Report of an investigation into the causes of malaria in Bombay and the measures necessary for its control
Disease focus: Malaria
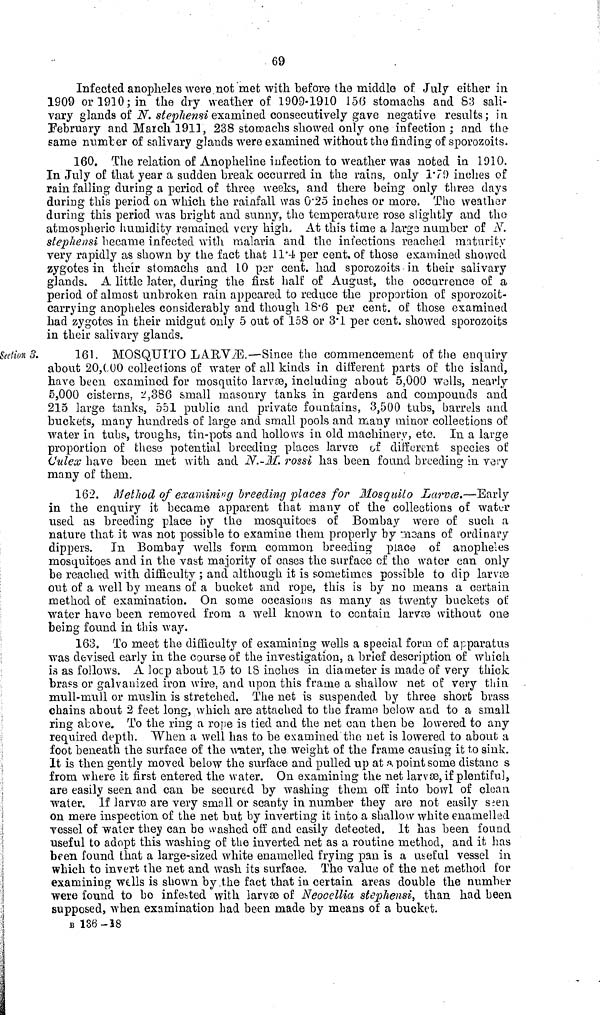
69
Infected anopheles were not met with before the middle of July either in
1909 or 1910; in the dry weather of 1909-1910 156 stomachs and 83 sali-
vary glands of N. stephensi examined consecutively gave negative results; in
February and Match 1911, 238 stomachs showed only one infection ; and the
same number of salivary glands were examined without the finding of sporozoits.
160. The relation of Anopheline infection to weather was noted in 1910.
In July of that year a sudden break occurred in the rains, only 179 inches of
rain falling during a period of three weeks, and there being only three days
during this period on which the rainfall was 0.25 inches or more. The weather
during this period was bright and sunny, the temperature rose slightly and the
atmospheric humidity remained very high. At this time a large number of N.
stephensi became infected with malaria and the infections reached maturity
very rapidly as shown by the fact that 11.4 per cent. of those examined showed
zygotes in their stomachs and 10 per cent. had sporozoits • in their salivary
glands. A little later, during the first half of August, the occurrence of a
period of almost unbroken rain appeared to reduce the proportion of sporozoit-
carrying anopheles considerably and though 18.6 per cent. of those examined
had zygotes in their midgut only 5 out of 158 or 3.1 per cent. showed sporozoits
in their salivary glands.
Section 3.
161. MOSQUITO LARVÆ.—Since the commencement of the enquiry
about 20,000 collections of water of all kinds in different parts of the island,
have been examined for mosquito larvæ, including about 5,000 Avails, nearly
5,000 cisterns, 2,386 small masonry tanks in gardens and compounds and
215 large tanks, 551 public and private fountains, 3,500 tubs, barrels and
buckets, many hundreds of large and small pools and many minor collections of
water in tubs, troughs, tin-pots and hollows in old machinery, etc. In a large
proportion of theses potential breeding places larvæ of different species of
(Julex have been met with and N.-M. rossi has been found breeding in vary
many of them.
162. Method of examining breeding places for Mosquito Larvæ.—Early
in the enquiry it became apparent that many of the collections of water
used as breeding place by the mosquitoes of Bombay were of such a
nature that it was not possible to examine them properly by means of ordinary
dippers. In Bombay wells form common breeding place of anopheles
mosquitoes and in the vast majority of cases the surface of the water can only
be reached with difficulty ; and although it is sometimes possible to dip larvæ
out of a well by means of a bucket and rope, this is by no means a certain
method of examination. On some occasions as many as twenty buckets of
water have been removed from a well known to contain larvæ without one
being found in this way.
163. To meet the difficulty of examining wells a special form of apparatus
was devised early in the course of the investigation, a brief description of which
is as follows. A locp about 15 to 18 inches in diameter is made of very thick
brass or galvanized iron wire, and upon this frame a shallow net of very thin
mull-mull or muslin is stretched. The net is suspended by three short brass
chains about 2 feet long, which are attached to the frame below and to a small
ring above. To the ring a rope is tied and the net can then be lowered to any
required depth. When a well has to be examined the net is lowered to about a
foot beneath the surface of the water, the weight of the frame causing it to sink.
It is then gently moved below the surface and pulled up at a point some distanc s
from where it first entered the water. On examining the net larvæ, if plentiful,
are easily seen and can be secured by washing them off into bowl of clean
water. If larvæ are very small or scanty in number they are not easily seen
on mere inspection of the net but by inverting it into a shallow white enamelled
vessel of water they can be washed off and easily detected. It has been found
useful to adopt this washing of the inverted net as a routine method, and it has
been found that a large-sized white enamelled frying pan is a useful vessel in
which to invert the net and wash its surface. The value of the net method for
examining wells is shown by the fact that in certain areas double the number
were found to bo infested with larvæ of Neocellia stephensi, than had been
supposed, when examination had been made by means of a bucket.
B 136-18